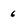
Character: 6